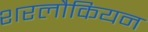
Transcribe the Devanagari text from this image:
शरलौकियन